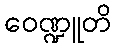
ဝေဏ္ဍူတိ